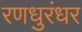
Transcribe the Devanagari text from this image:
रणधुरंधर